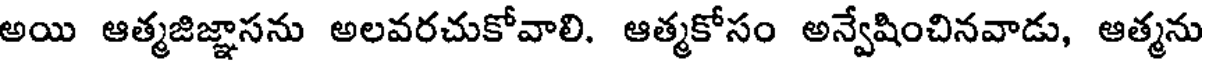
అయి ఆత్మజిజ్ఞాసను అలవరచుకోవాలి. ఆత్మకోసం అన్వేషించినవాడు, ఆత్మను